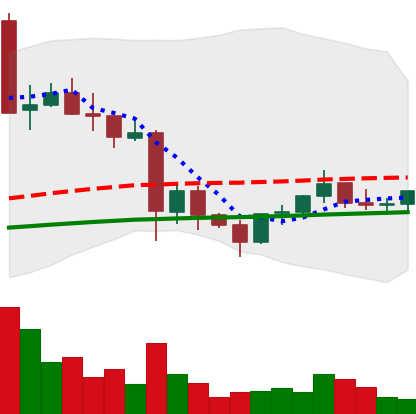
Ticker: EOS-USD
Chart end date: 2021-05-31
Forward return: -13.052%
Label: down_7plus